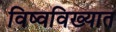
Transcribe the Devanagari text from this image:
विष्वविख्यात